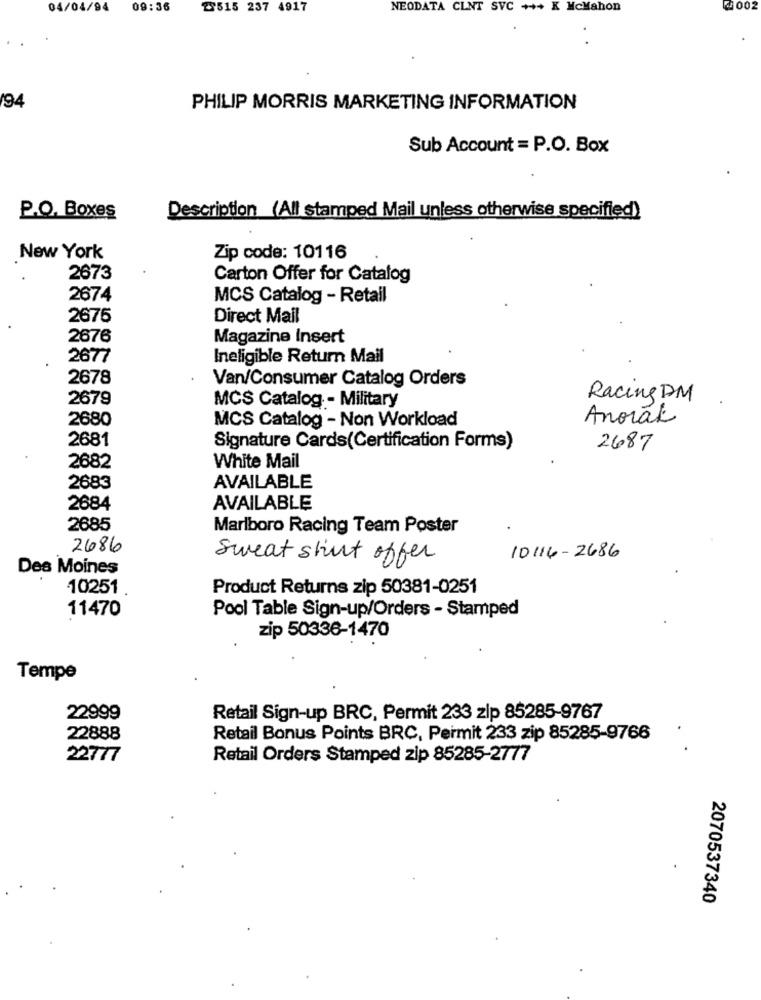
04/04/94
09:36
2515 237 4917
NEODATA CLNT SVC +++ K McMahon
2 002
194
PHILIP MORRIS MARKETING INFORMATION
Sub Account = P.O. Box
P.O. Boxes
Description (All stamped Mail unless otherwise specified)
New York
Zip code: 10116
2673
Carton Offer for Catalog
2674
MCS Catalog - Retail
2675
Direct Mail
2676
Magazine Insert
2677
Ineligible Return Mail
2678
Van/Consumer Catalog Orders
2679
MCS Catalog - Military
Racing DM
2680
MCS Catalog - Non Workload
Anorák
2681
Signature Cards(Certification Forms)
2687
2682
White Mail
2683
AVAILABLE
2684
AVAILABLE
2685
Marlboro Racing Team Poster
2686
Sweat shirt offer
10114-2686
Des Moines
10251
Product Returns zip 50381-0251
Pool Table Sign-up/Orders - Stamped
11470
zip 50336-1470
Tempe
22999
Retail Sign-up BRC, Permit 233 zip 85285-9767
22888
Retail Bonus Points BRC, Permit 233 zip 85285-9766
22777
Retail Orders Stamped zip 85285-2777
2070537340